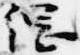
綱